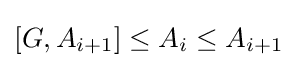
[G,A_{i+1}]\leq A_{i}\leq A_{i+1}